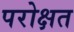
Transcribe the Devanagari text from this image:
परोक्षत